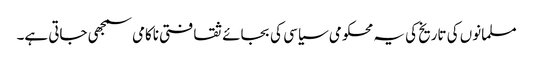
مسلمانوں کی تاریخ کی یہ محکومی سیاسی کی بجائے ثقافتی ناکامی سمجھی جاتی ہے۔